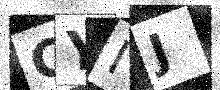
Text: CYIJ